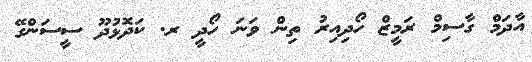
އާދަމް ގާސިމް ރަމީޒް ހޯދިއިރު ތިން ވަނަ ހޯދީ ރ. ކަދޮޅުދޫ ސީސަންގޭ